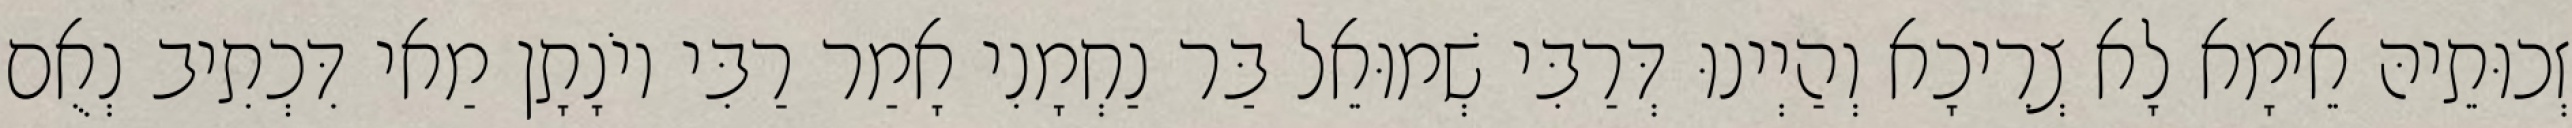
זְכוּתֵיהּ אֵימָא לָא צְרִיכָא וְהַיְינוּ דְּרַבִּי שְׁמוּאֵל בַּר נַחְמָנִי אָמַר רַבִּי יוֹנָתָן מַאי דִּכְתִיב נְאֻם